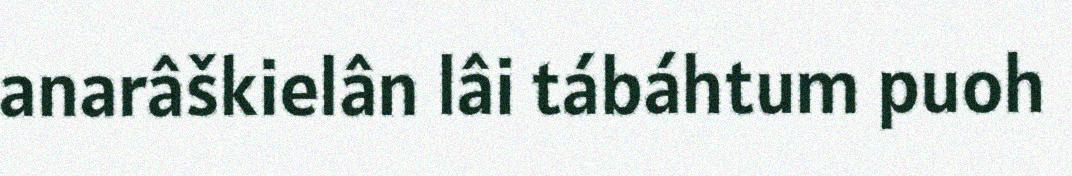
anarâškielân lâi tábáhtum puoh